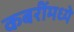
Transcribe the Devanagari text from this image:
कबरींमध्ये